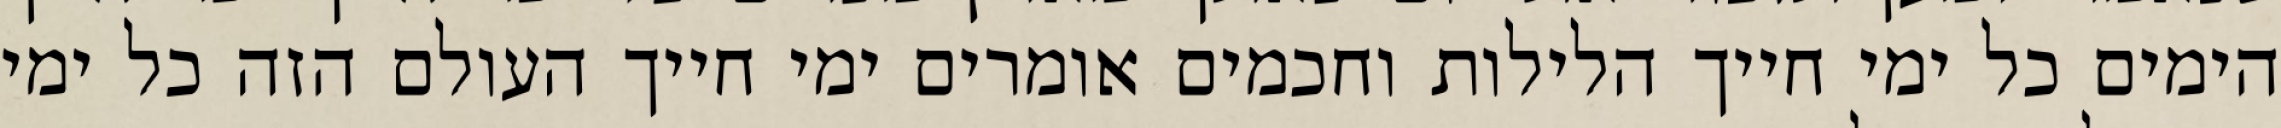
הימים כל ימי חייך הלילות וחכמים אומרים ימי חייך העולם הזה כל ימי